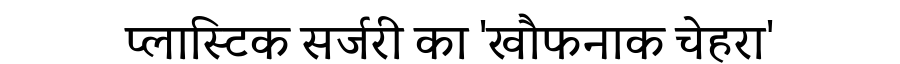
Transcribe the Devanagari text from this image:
प्लास्टिक सर्जरी का 'खौफनाक चेहरा'